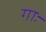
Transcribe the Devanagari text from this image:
गाः